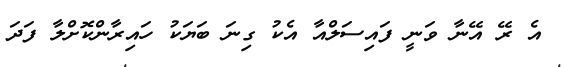
އެ ރޭ އޭނާ ވަނީ ފައިސަލްއާ އެކު ގިނަ ބަޔަކު ހައިރާންކޮށްލާ ފަދަ